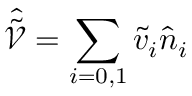
\mathcal { \hat { \tilde { V } } } = \sum _ { i = 0 , 1 } \tilde { v } _ { i } \hat { n } _ { i }